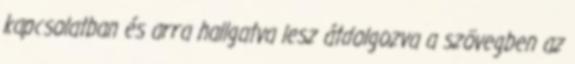
kapcsolatban és arra hallgatva lesz átdolgozva a szövegben az